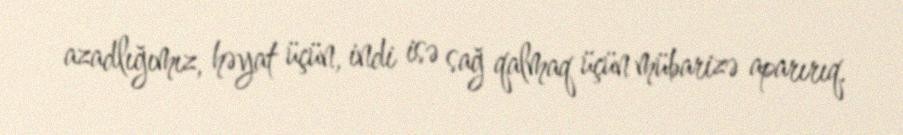
azadlığımız, həyat üçün, indi isə sağ qalmaq üçün mübarizə aparırıq.